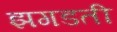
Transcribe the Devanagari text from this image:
झगडती